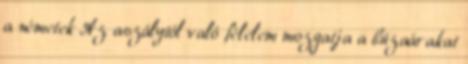
a németek Az aszálytól való félelem mozgatja a búzaárakat